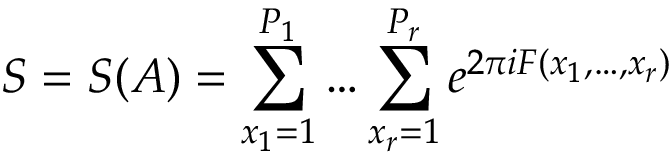
S = S ( A ) = \sum _ { x _ { 1 } = 1 } ^ { P _ { 1 } } \dots \sum _ { x _ { r } = 1 } ^ { P _ { r } } e ^ { 2 \pi i F ( x _ { 1 } , \dots , x _ { r } ) }